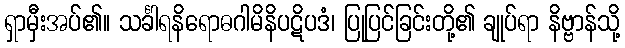
ရှာမှီးအပ်၏။ သင်္ခါရနိရောဓဂါမိနိပဋိပဒံ၊ ပြုပြင်ခြင်းတို့၏ ချုပ်ရာ နိဗ္ဗာန်သို့